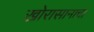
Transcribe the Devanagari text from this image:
खोरासानाचा